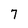
Character: 7